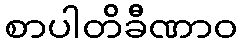
စာပါတိခီဏာဝ